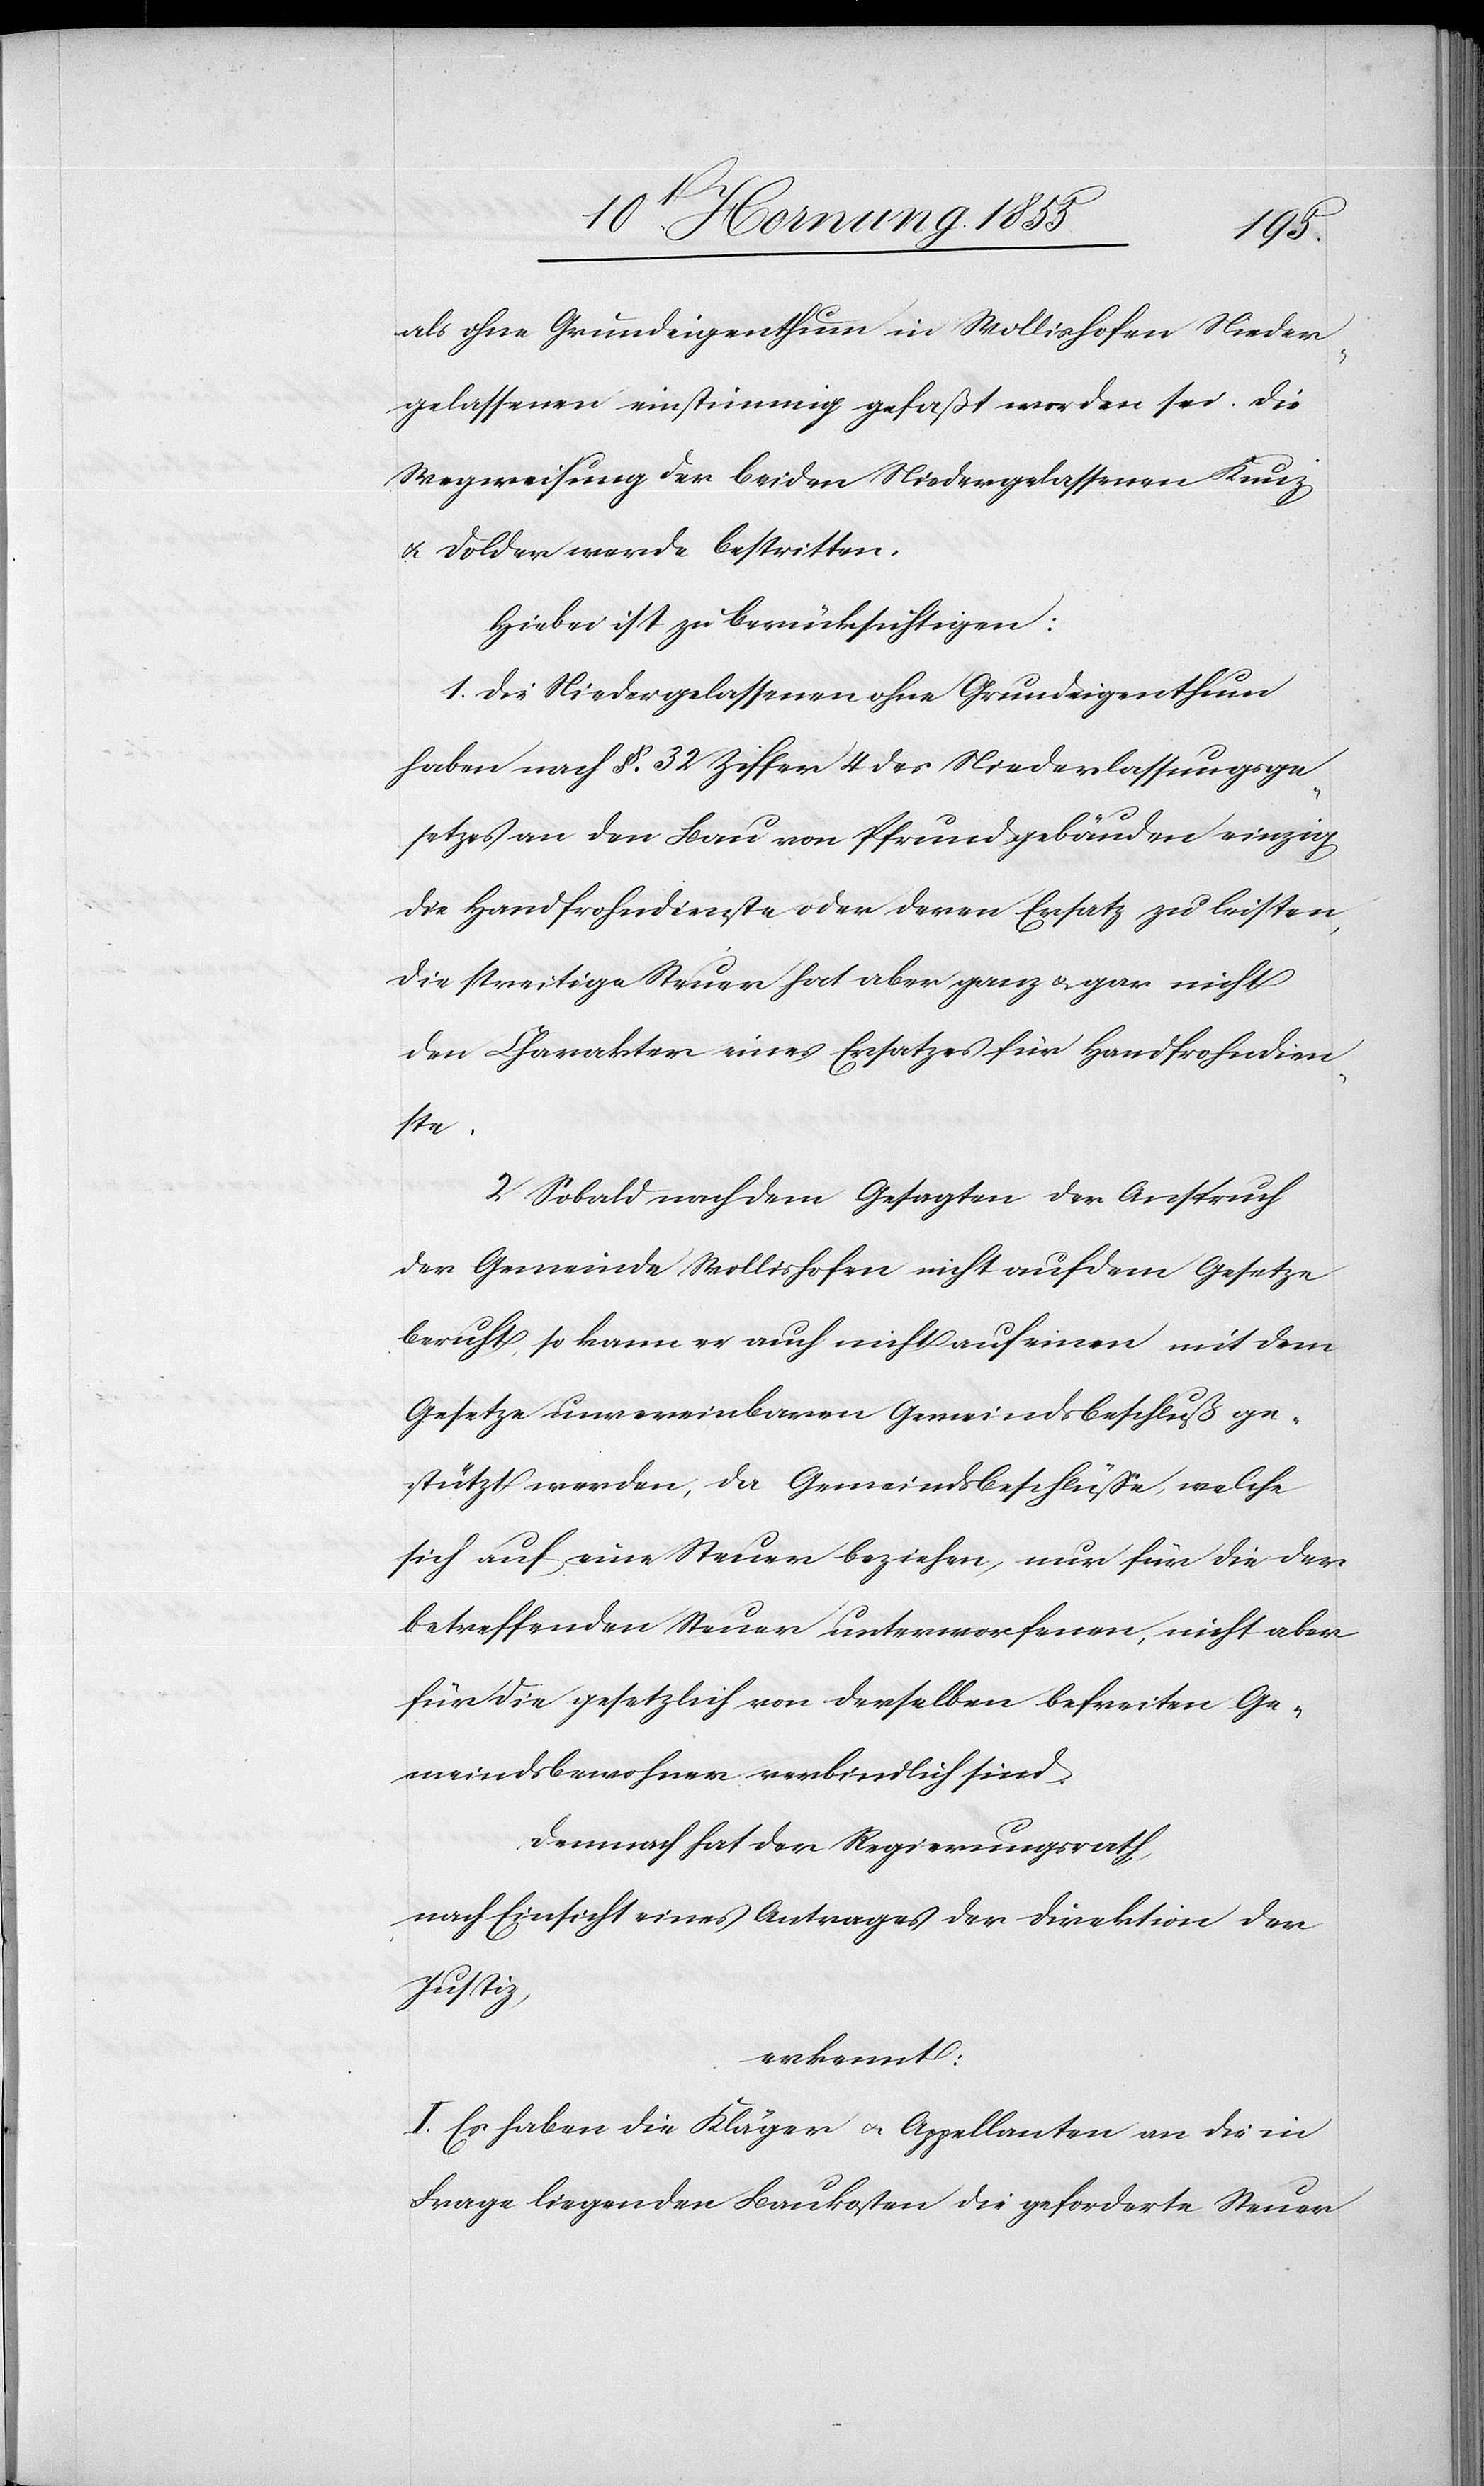
als ohne Grundeigenthum in Wollishofen Nieder¬
gelassenen einstimmig gefaßt worden sei. Die
Wegweisung der beiden Niedergelassenen Kunz
& Dolder werde bestritten.
Hiebei ist zu berücksichtigen:
1. Die Niedergelassenen ohne Grundeigenthum
haben nach §. 32 Ziffer 4 des Niederlassungsge¬
setzes an den Bau von Pfrundgebäuden einzig
die Handfrohndienste oder deren Ersatz zu leisten,
die streitige Steuer hat aber ganz & gar nicht
den Charakter eines Ersatzes für Handfrohndien¬
ste.
2. Sobald nach dem Gesagten der Anspruch
der Gemeinde Wollishofen nicht auf dem Gesetze
beruht, so kann er auch nicht auf einen mit dem
Gesetze unvereinbaren Gemeindsbeschluß ge¬
stützt werden, da Gemeindsbeschlüsse, welche
sich auf eine Steuer beziehen, nur für die der
betreffenden Steuer unterworfenen, nicht aber
für die gesetzlich von derselben befreiten Ge¬
meindsbewohner verbindlich sind.
Demnach hat der Regierungsrath,
nach Einsicht eines Antrages der Direktion der
Justiz,
erkennt:
I. Es haben die Kläger & Appellanten an die in
Frage liegenden Baukosten die geforderte Steuer